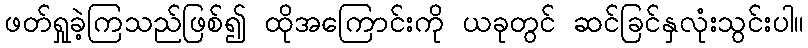
ဖတ်ရှုခဲ့ကြသည်ဖြစ်၍ ထိုအကြောင်းကို ယခုတွင် ဆင်ခြင်နှလုံးသွင်းပါ။